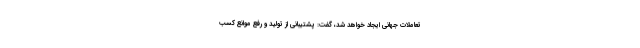
تعاملات جهانی ایجاد خواهد شد، گفت: پشتیبانی از تولید و رفع موانع کسب